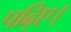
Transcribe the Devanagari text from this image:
पढ़िए।